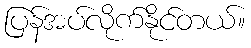
ပြန်အပ်လိုက်နိုင်တယ်။